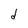
Character: d